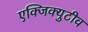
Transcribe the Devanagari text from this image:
एक्जिक्युटीव